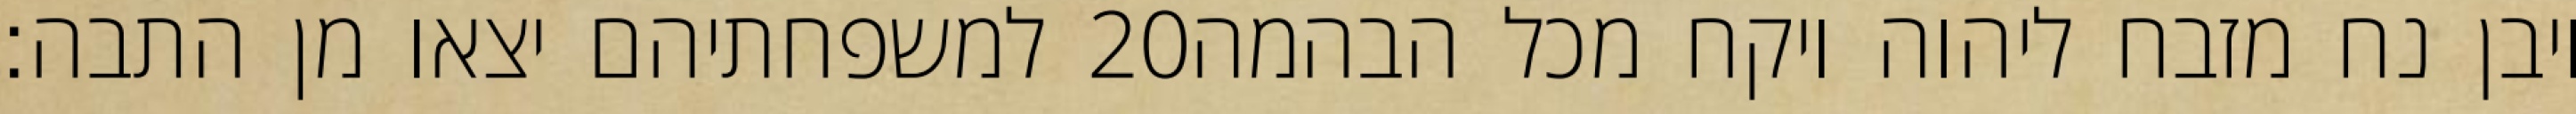
למשפחתיהם יצאו מן התבה׃ ‎20‏ ויבן נח מזבח ליהוה ויקח מכל הבהמה